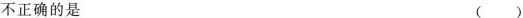
不正确的是 ( )